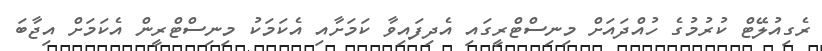
ރެގިއުލޭޓް ކުރުމުގެ ހުއްދައަށް މިނިސްޓްރީގައި އެދިފައިވާ ކަމަށާއި އެކަމަކު މިނިސްޓްރީން އެކަމަށް އިޖާބަ